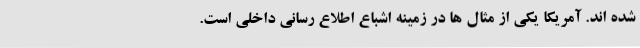
شده اند. آمریکا یکی از مثال ها در زمینه اشباع اطلاع رسانی داخلی است.